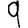
Digit: 9